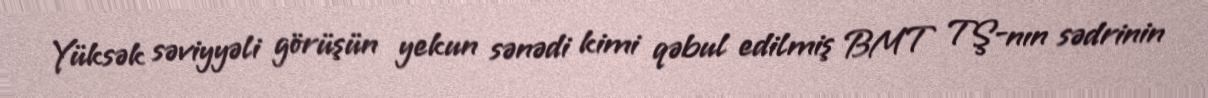
Yüksək səviyyəli görüşün yekun sənədi kimi qəbul edilmiş BMT TŞ-nın sədrinin